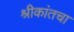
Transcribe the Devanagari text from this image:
श्रीकांतचा